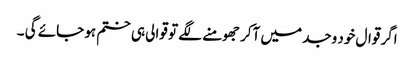
اگر قوال خود وجد میں آکر جھومنے لگے تو قوالی ہی ختم ہو جائے گی ۔